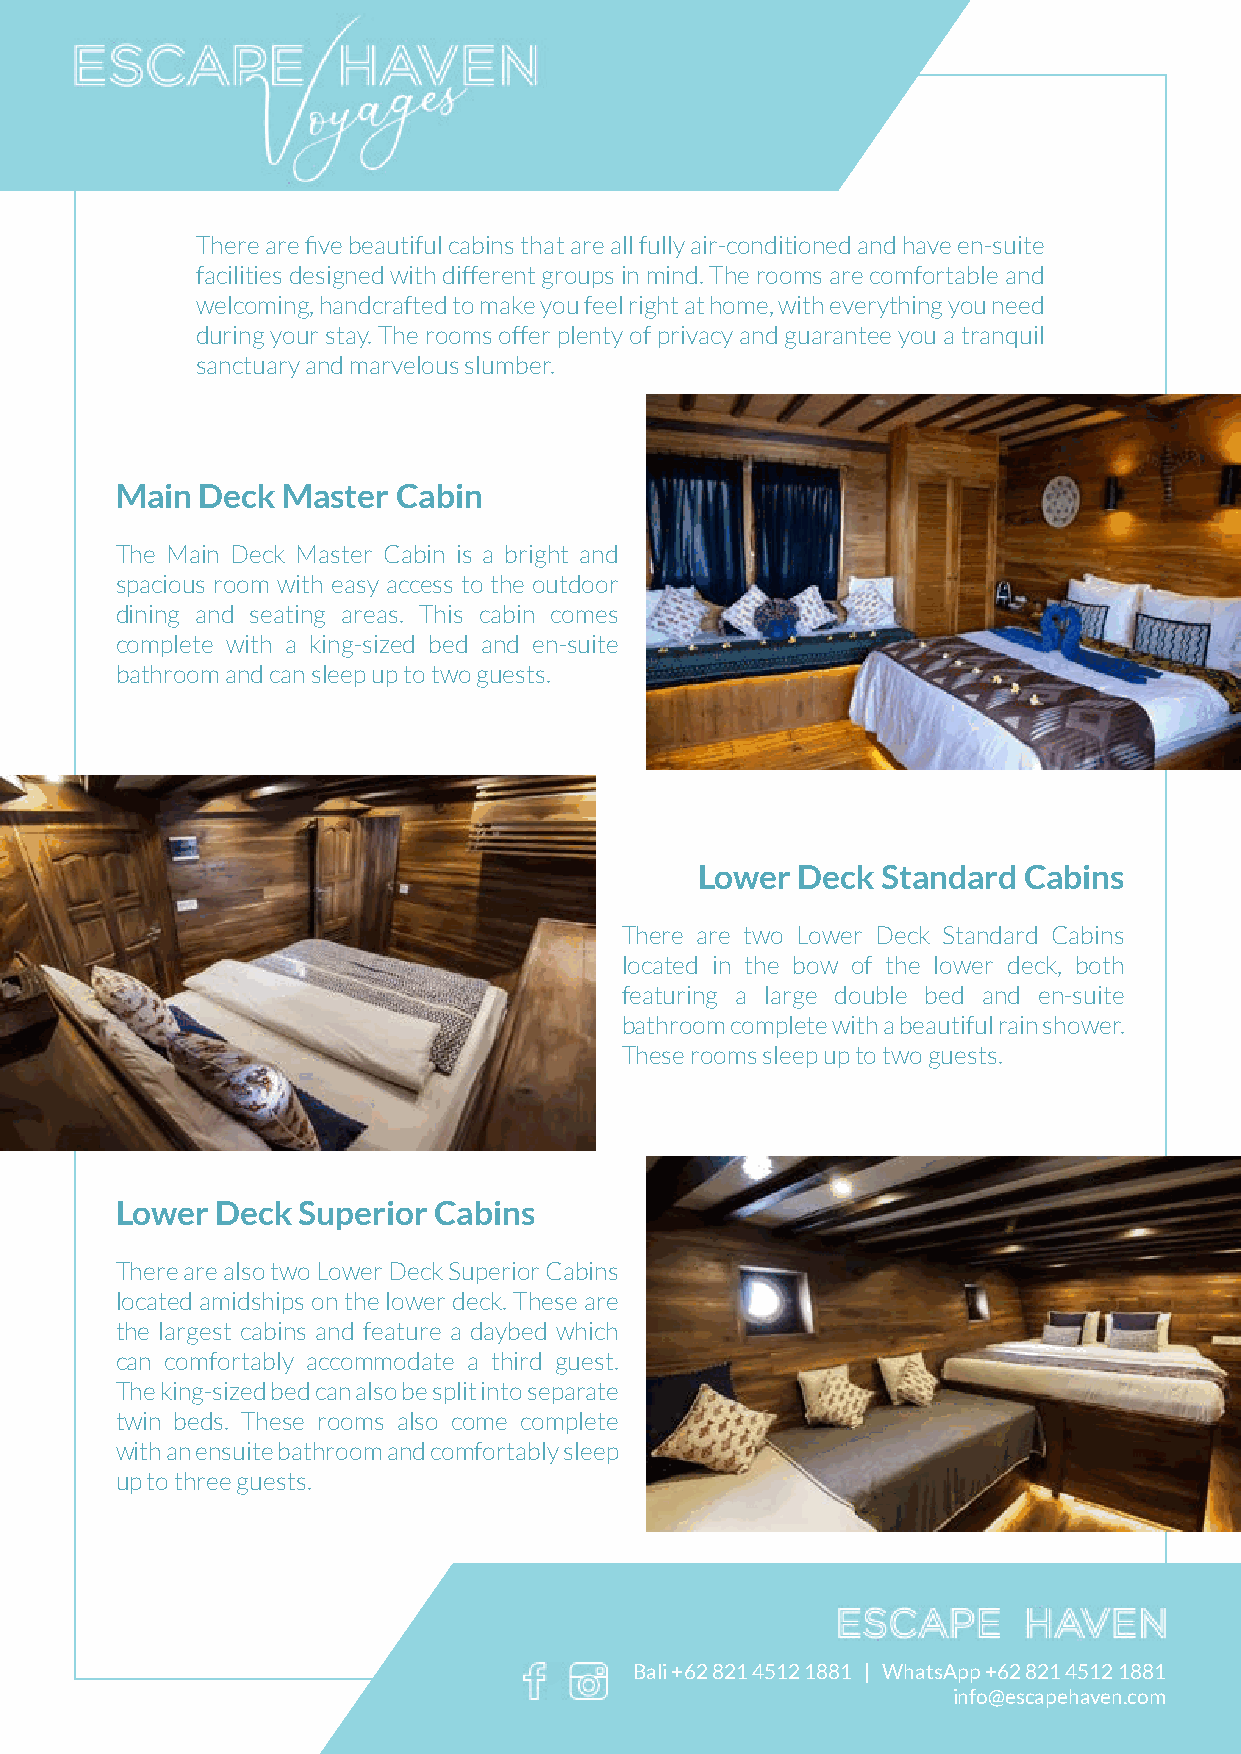
There are five beautiful cabins that are all fully air-conditioned and have en-suite
 facilities designed with different groups in mind. The rooms are comfortable and
 welcoming, handcrafted to make you feel right at home, with everything you need
 during your stay. The rooms offer plenty of privacy and guarantee you a tranquil
 sanctuary and marvelous slumber.
 Main Deck  Master Cabin
 The Main Deck Master Cabin is a bright and
 spacious room with easy access to the outdoor
 dining and seating areas. This cabin comes
 complete with a king-sized bed and en-suite
 bathroom and can sleep up to two guests.
 Lower  Deck Standard  Cabins
 There are two Lower Deck Standard Cabins
 located in the bow of the lower deck, both
 featuring a large double bed and en-suite
 bathroom complete with a beautiful rain shower.
 These rooms sleep up to two guests.
 Lower Deck  Superior Cabins
 There are also two Lower Deck Superior Cabins
 located amidships on the lower deck. These are
 the largest cabins and feature a daybed which
 can comfortably accommodate a third guest.
 The king-sized bed can also be split into separate
 twin beds. These rooms also come complete
 with an ensuite bathroom and comfortably sleep
 up to three guests.
 Bali +62 821 4512 1881 | WhatsApp +62 821 4512 1881
 info@escapehaven.com